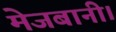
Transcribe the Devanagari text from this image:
मेजबानी।